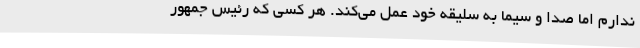
ندارم اما صدا و سیما به سلیقه خود عمل می‌کند. هر کسی که رئیس جمهور